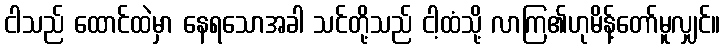
ငါသည် ထောင်ထဲမှာ နေရသောအခါ သင်တို့သည် ငါ့ထံသို့ လာကြ၏ဟုမိန့်တော်မူလျှင်။